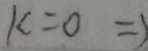
k = 0 \Rightarrow